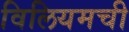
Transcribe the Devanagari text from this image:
विलियमची